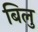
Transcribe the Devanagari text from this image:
बिलु